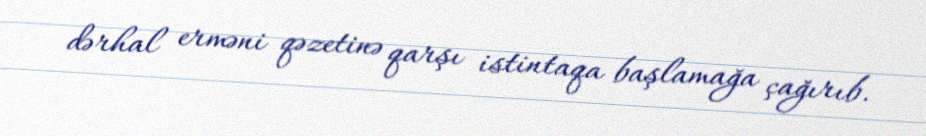
dərhal erməni qəzetinə qarşı istintaqa başlamağa çağırıb.